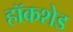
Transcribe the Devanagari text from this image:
हॉकशेड